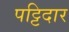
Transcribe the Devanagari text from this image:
पट्टिदार